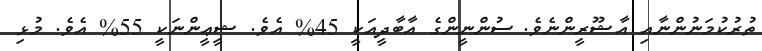
ތުރުކުމަނުންނާއި އާޝޫރީންނެވެ. ސުންނީންގެ އާބާދީއަކީ 45% އެވެ. ޝީޢީންނަކީ 55% އެވެ. މުޅި